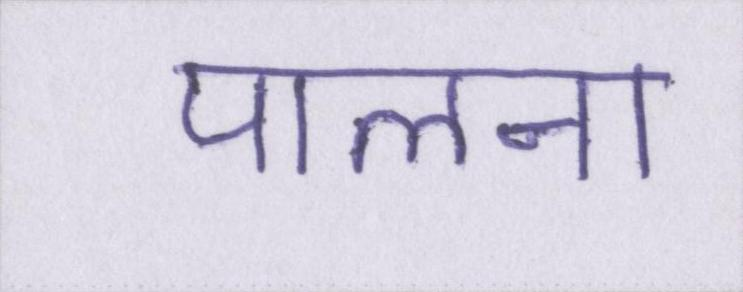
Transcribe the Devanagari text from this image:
पालना